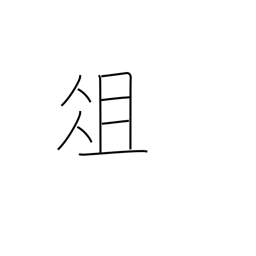
Meaning: chopping board